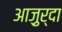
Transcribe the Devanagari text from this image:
आजु़र्दा